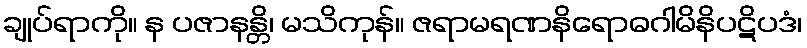
ချုပ်ရာကို။ န ပဇာနန္တိ၊ မသိကုန်။ ဇရာမရဏနိရောဓဂါမိနိပဋိပဒံ၊